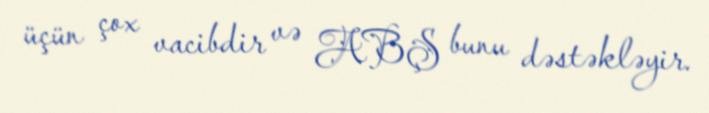
üçün çox vacibdir və ABŞ bunu dəstəkləyir.